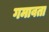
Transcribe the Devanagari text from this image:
गमावता